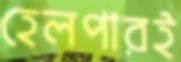
হেলপারই